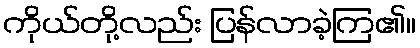
ကိုယ်တို့လည်း ပြန်လာခဲ့ကြ၏။